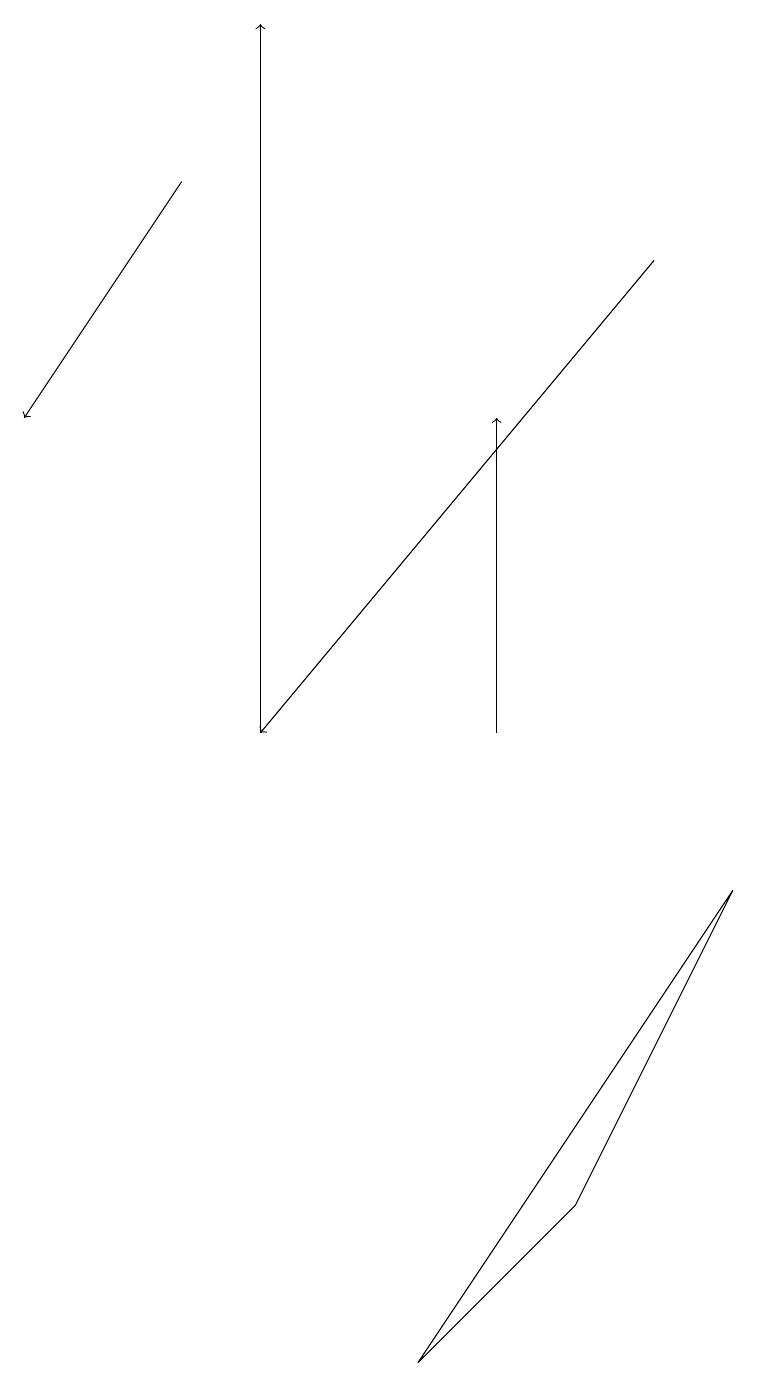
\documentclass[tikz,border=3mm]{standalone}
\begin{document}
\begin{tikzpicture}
\draw[->] (6,10) -- (6,14);
\draw (9,8) -- (7,4) -- (5,2) -- cycle;
\draw[->] (3,10) -- (3,19);
\draw[->] (2,17) -- (0,14);
\draw[->] (8,16) -- (3,10);
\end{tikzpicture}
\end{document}